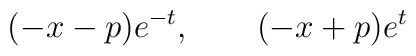
(-x-p)e^{-t}, \qquad (-x+p)e^t